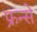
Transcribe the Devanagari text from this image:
फ्रन्से